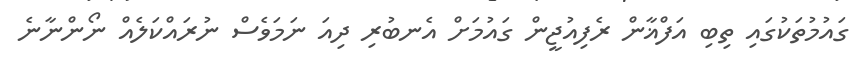
ގައުމުތަކުގައި ތިބި އަފްޣާން ރެފިއުޖީން ގައުމަށް އެނބުރި ދިއަ ނަމަވެސް ނުރައްކަލެއް ނޯންނާނެ